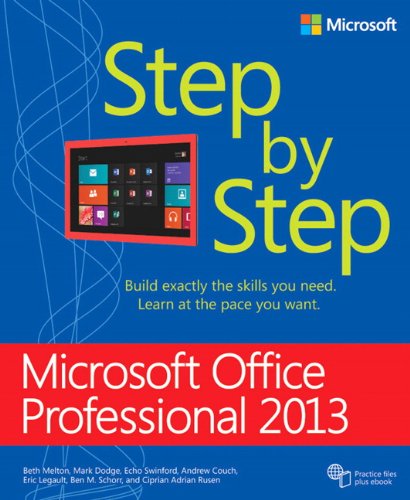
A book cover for Microsoft Office Professional 2013 Step by Step; Beth Melton; Computers & Technology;